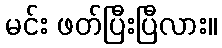
မင်း ဖတ်ပြီးပြီလား။